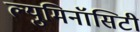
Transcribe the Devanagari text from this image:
ल्युमिनॉसिटी